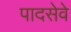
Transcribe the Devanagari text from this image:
पादसेवे